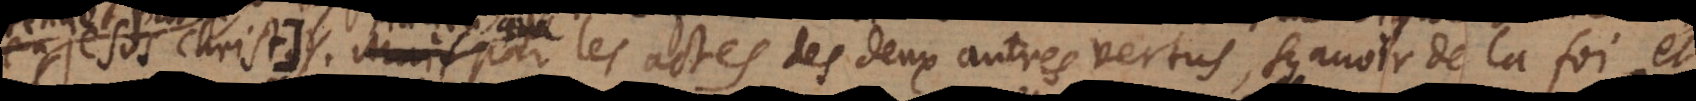
Au lieu que par les actes des deux autres vertus, sçavoir de la foy, et